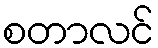
စတာလင်